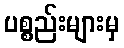
ပစ္စည်းများမှ